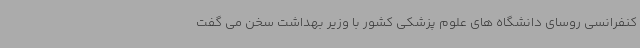
کنفرانسی روسای دانشگاه های علوم پزشکی کشور با وزیر بهداشت سخن می گفت